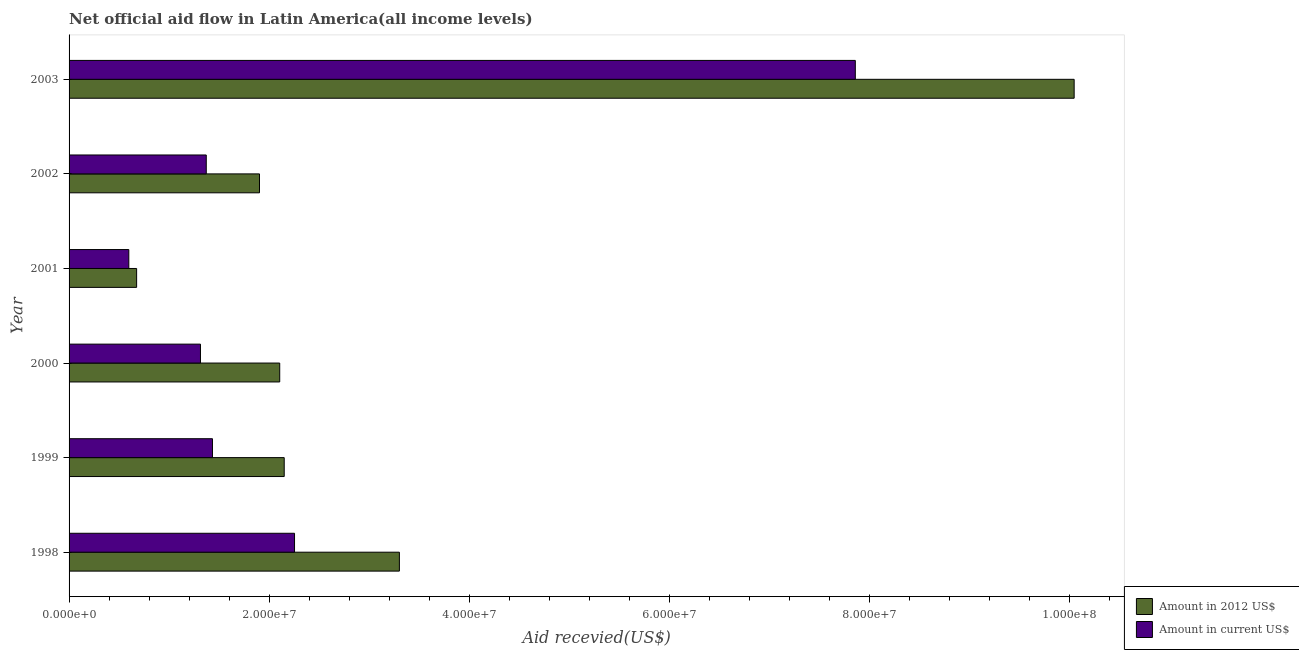
| Year | Amount in 2012 US$ | Amount in current US$ |
 | --- | --- | --- |
 | 1998 | 3.3e+07 | 2.25e+07 |
 | 1999 | 2.15e+07 | 1.43e+07 |
 | 2000 | 2.10e+07 | 1.31e+07 |
 | 2001 | 6.75e+06 | 5.97e+06 |
 | 2002 | 1.9e+07 | 1.37e+07 |
 | 2003 | 1e+08 | 7.86e+07 |